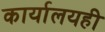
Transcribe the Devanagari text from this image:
कार्यालयही